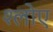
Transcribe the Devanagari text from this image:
श्लोए